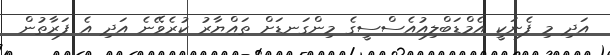
އަދި މި ފެނަކީ އެމްޑަބްލިއުއެސްސީގެ މިންގަނޑަށް ތައްޔާރު ކުރެވޭނެ އަދި އެ ފަރާތުން